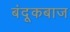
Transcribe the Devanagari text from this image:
बंदूकबाज